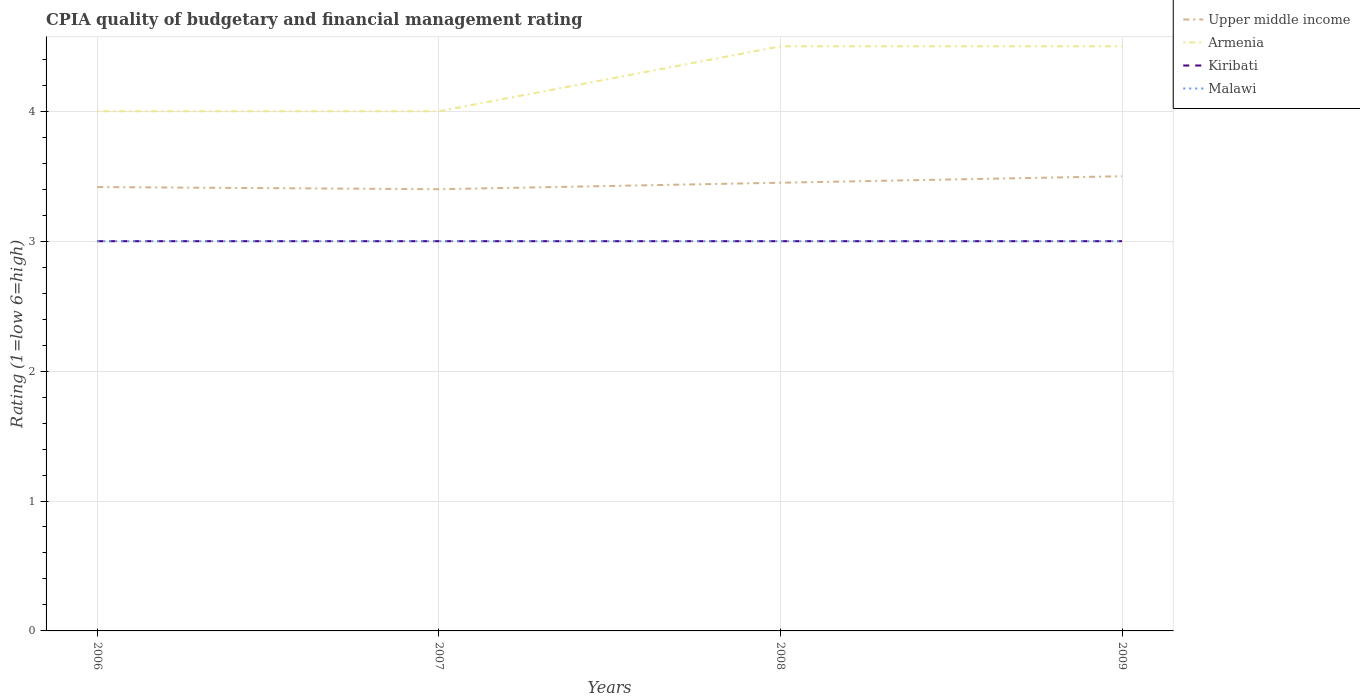
| Years | Upper middle income | Armenia | Kiribati | Malawi |
 | --- | --- | --- | --- | --- |
 | 2006 | 3.42 | 4 | 3 | 3 |
 | 2007 | 3.4 | 4 | 3 | 3 |
 | 2008 | 3.45 | 4.5 | 3 | 3 |
 | 2009 | 3.5 | 4.5 | 3 | 3 |